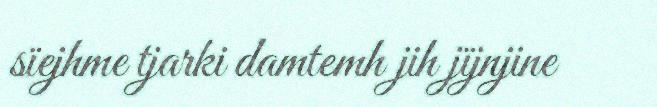
sïejhme tjarki damtemh jih jïjnjine